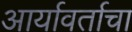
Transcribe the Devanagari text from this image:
आर्यावर्ताचा